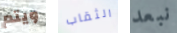
ويتم الثقاب نبعد